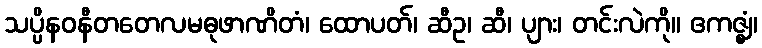
သပ္ပိနဝနီတတေလမဓုဖာဏိတံ၊ ထောပတ်၊ ဆီဥ၊ ဆီ၊ ပျား၊ တင်းလဲကို။ ဧကဇ္ဈံ၊